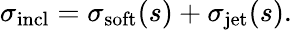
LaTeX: \sigma_{\mathrm{incl}}=\sigma_{\mathrm{soft}}(s)+\sigma_{\mathrm{jet}}(s).